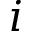
i